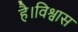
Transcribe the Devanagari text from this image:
है।विश्वास